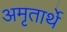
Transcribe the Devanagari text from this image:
अमृतार्थे